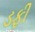
ડફી